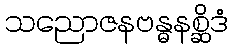
သညောဇနဗန္ဓနစ္ဆိဒံ